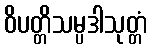
ဝိပတ္တိသမ္ပဒါသုတ္တံ